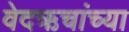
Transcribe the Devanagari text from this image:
वेदऋचांच्या